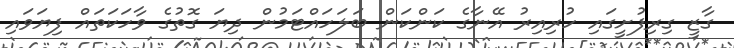
ގާޒީ ގިރިފުށީގައި ހުރިއިރު އޭނާގެ ކަންކަން ބަލަހައްޓަމުން ދިޔަ ގޮތުގެ ވާހަކަތައް ފިޔަވައި